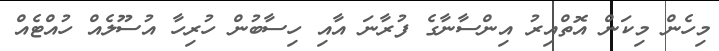
މިހެން މިކަން އޮތްއިރު އިންސާނާގެ ފުރާނަ އާއި ހިސާބުން ހުރިހާ އުސޫލެއް ހުއްޓެއް